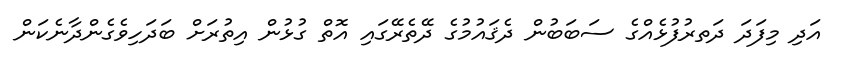
އަދި މިފަދަ ދަތރުފުޅެއްގެ ސަބަބުން ދެޤައުމުގެ ދޭތެރޭގައި އޮތް ގުޅުން އިތުރަށް ބަދަހިވެގެންދާނެކަން